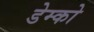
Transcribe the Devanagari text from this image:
डेम्को